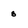
Character: 8